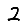
Digit: 2